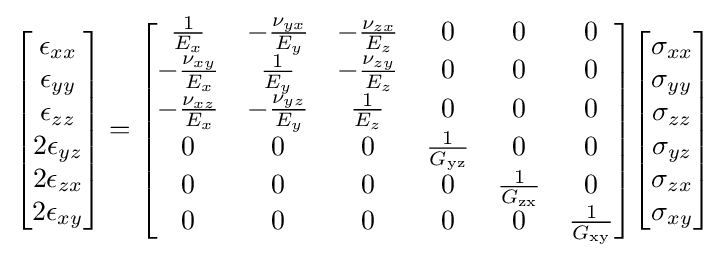
{\begin{bmatrix}\epsilon _{xx}\\\epsilon _{yy}\\\epsilon _{zz}\\2\epsilon _{yz}\\2\epsilon _{zx}\\2\epsilon _{xy}\end{bmatrix}}={\begin{bmatrix}{\tfrac {1}{E_{x}}}&-{\tfrac {\nu _{yx}}{E_{y}}}&-{\tfrac {\nu _{zx}}{E_{z}}}&0&0&0\\-{\tfrac {\nu _{xy}}{E_{x}}}&{\tfrac {1}{E_{y}}}&-{\tfrac {\nu _{zy}}{E_{z}}}&0&0&0\\-{\tfrac {\nu _{xz}}{E_{x}}}&-{\tfrac {\nu _{yz}}{E_{y}}}&{\tfrac {1}{E_{z}}}&0&0&0\\0&0&0&{\tfrac {1}{G_{\rm {yz}}}}&0&0\\0&0&0&0&{\tfrac {1}{G_{\rm {zx}}}}&0\\0&0&0&0&0&{\tfrac {1}{G_{\rm {xy}}}}\\\end{bmatrix}}{\begin{bmatrix}\sigma _{xx}\\\sigma _{yy}\\\sigma _{zz}\\\sigma _{yz}\\\sigma _{zx}\\\sigma _{xy}\end{bmatrix}}